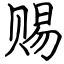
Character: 赐